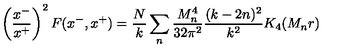
\left( { \frac { x ^ { - } } { x ^ { + } } } \right) ^ { 2 } F ( x ^ { - } , x ^ { + } ) = { \frac { N } { k } } \sum _ { n } { \frac { M _ { n } ^ { 4 } } { 3 2 \pi ^ { 2 } } } { \frac { ( k - 2 n ) ^ { 2 } } { k ^ { 2 } } } K _ { 4 } ( M _ { n } r )